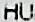
HU